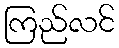
ကြည်လင်